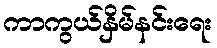
ကာကွယ်နှိမ်နင်းရေး